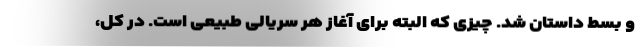
و بسط داستان شد. چیزی که البته برای آغاز هر سریالی طبیعی است. در کل،